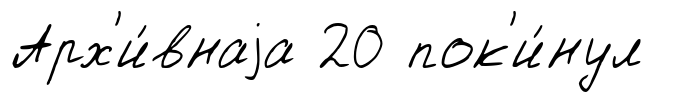
Арх'и́внаjа 20 пок'и́нул